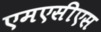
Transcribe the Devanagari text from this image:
एमएसीएस